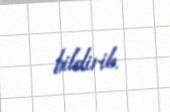
bildirib.